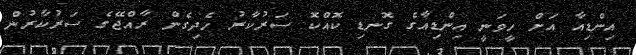
އިންޑިއާ އަށް ހީވަނީ އިންޑިއާގެ ގޮނޑި ކޮއްކޮ ސަރުކާރު ހެދިގެން ރާއްޖޭގެ ސަރުކާރުން